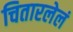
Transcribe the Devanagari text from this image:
चितारलेलं